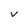
Character: v